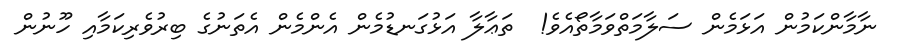
ނާމާންކަމުން އަޅަމެން ސަލާމަތްވަމާތޯއެވެ!  ތަޢާލާ އަޅުގަނޑުމެން އެންމެން އެތަނުގެ ބިރުވެރިކަމާއި ހޫނުން